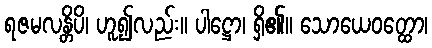
ရဇမလန္တိပိ၊ ဟူ၍လည်း။ ပါဋ္ဌော၊ ရှိ၏။ သောယေဝတ္ထော၊